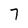
Character: 7